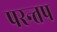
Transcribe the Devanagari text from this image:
परन्तप